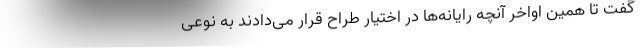
گفت تا همین اواخر آنچه رایانه‌ها در اختیار طراح قرار می‌دادند به نوعی